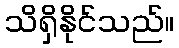
သိရှိနိုင်သည်။